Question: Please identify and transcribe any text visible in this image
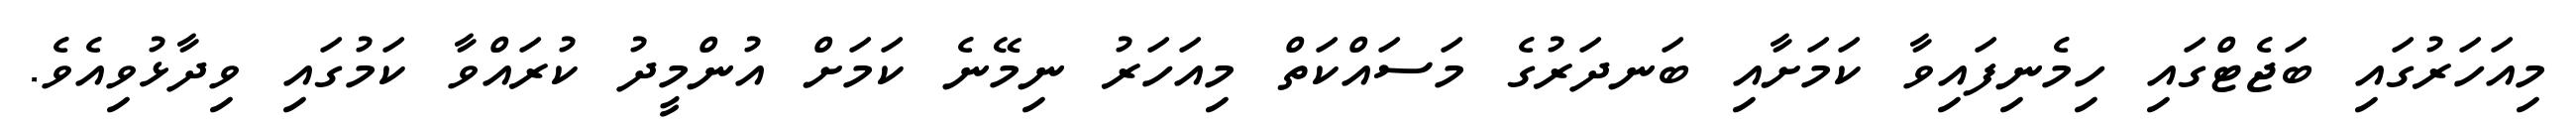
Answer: މިއަހަރުގައި ބަޖެޓްގައި ހިމެނިފައިވާ ކަމަށާއި ބަނދަރުގެ މަސައްކަތް މިއަހަރު ނިމޭނެ ކަމަށް އުންމީދު ކުރައްވާ ކަމުގައި ވިދާޅުވިއެވެ.